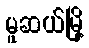
မူဆယ်မြို့